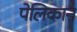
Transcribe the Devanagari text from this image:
पेलिकान